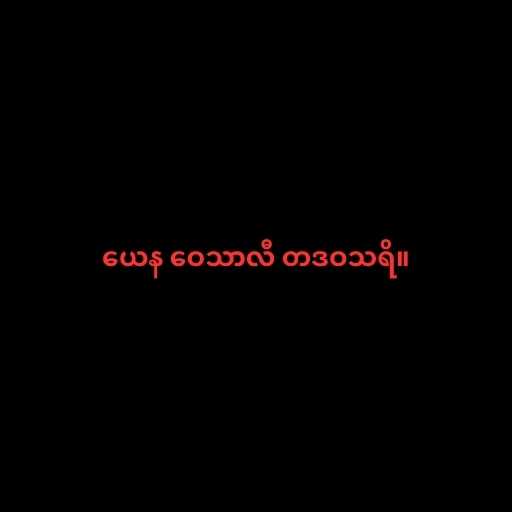
ယေန ဝေသာလီ တဒဝသရိ။